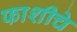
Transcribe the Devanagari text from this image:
फाशीचे